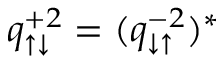
q _ { \uparrow \downarrow } ^ { + 2 } = ( q _ { \downarrow \uparrow } ^ { - 2 } ) ^ { * }